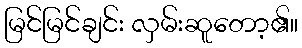
မြင်မြင်ချင်း လှမ်းဆူတော့၏။